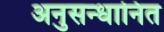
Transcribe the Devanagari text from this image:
अनुसन्‍धानित